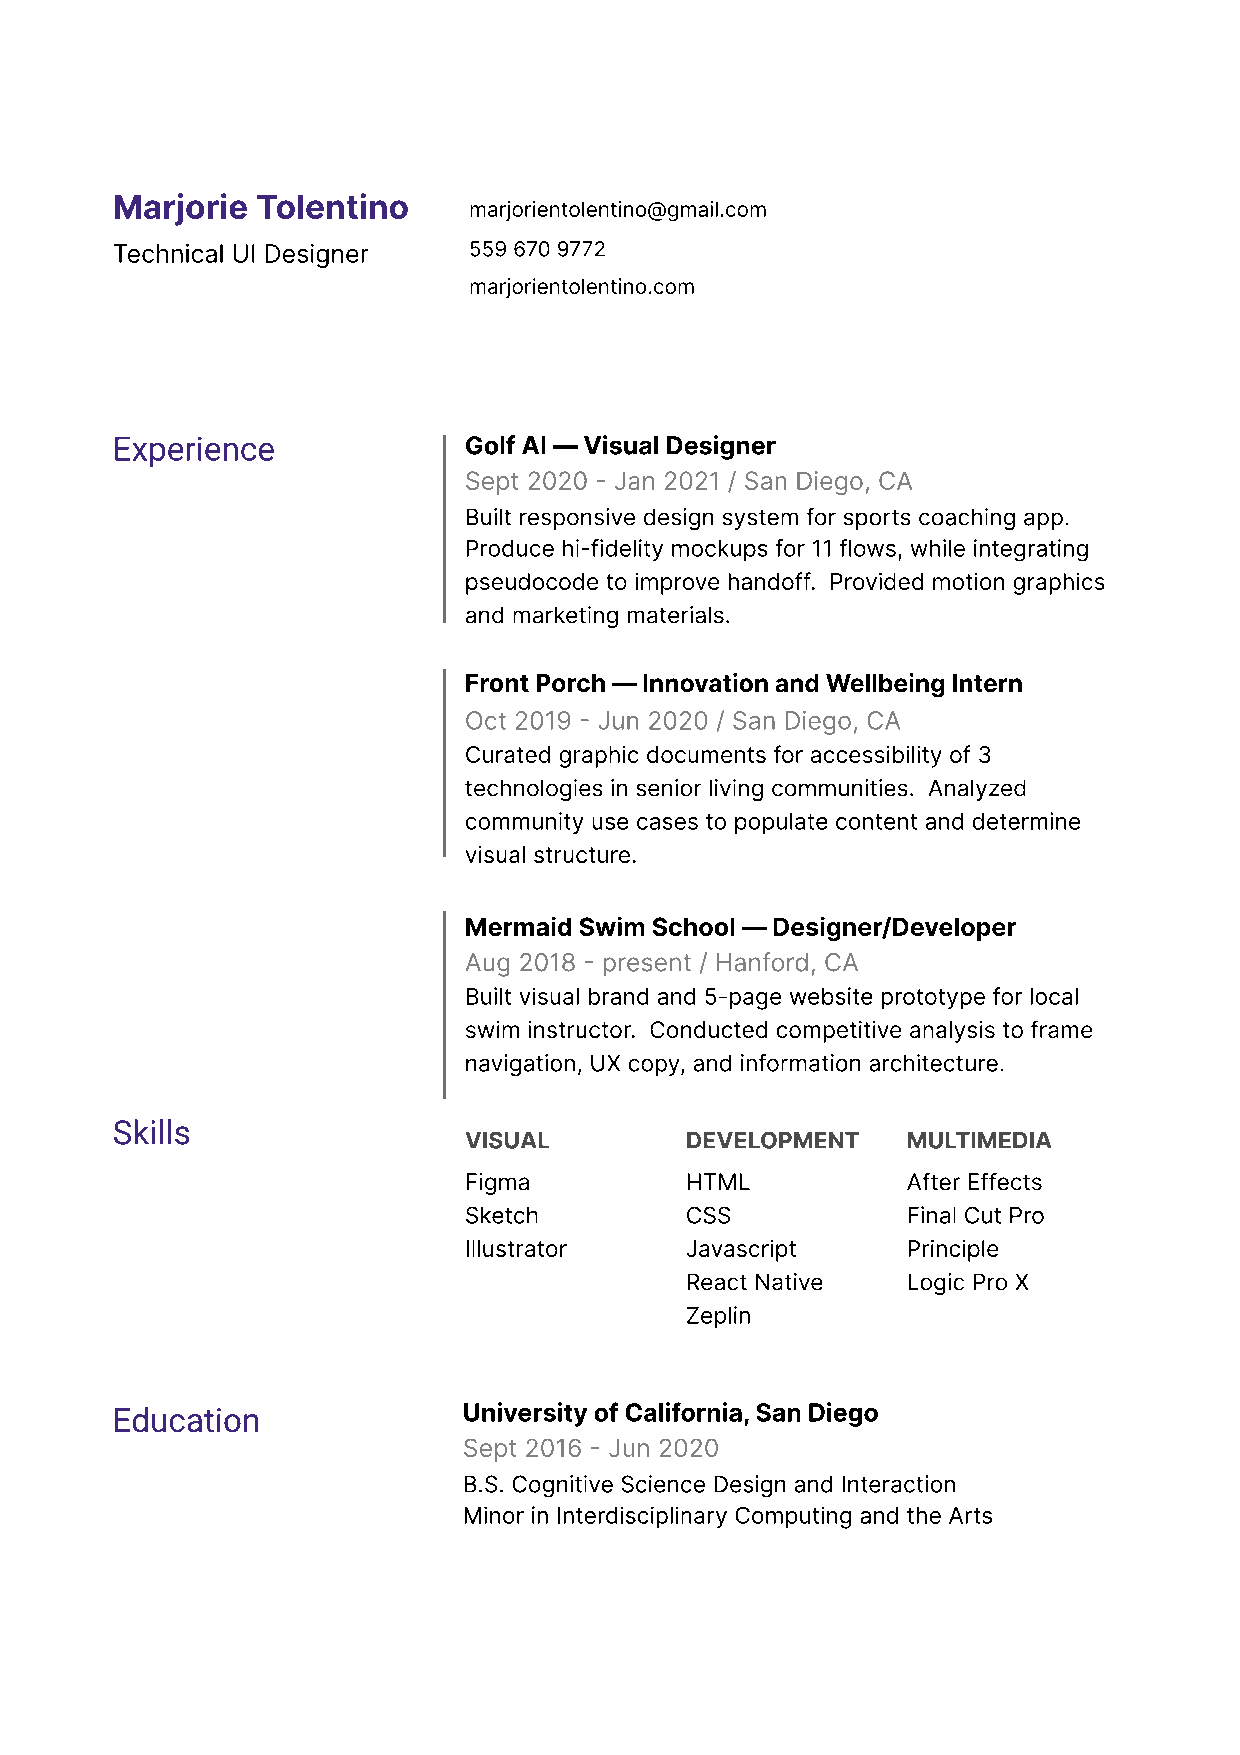
Marjorie  Tolentino
 marjorientolentino@gmail.com
 Technical UI Designer   559 670 9772
 marjorientolentino.com
 Experience              Golf AI — Visual Designer
 Sept 2020 - Jan 2021 / San Diego, CA
 Built responsive design system for sports coaching app.
 Produce hi-fidelity mockups for 11 flows, while integrating
 pseudocode to improve handoff. Provided motion graphics
 and marketing materials.
 Front Porch — Innovation and Wellbeing Intern
 Oct 2019 - Jun 2020 / San Diego, CA
 Curated graphic documents for accessibility of 3
 technologies in senior living communities. Analyzed
 community use cases to populate content and determine
 visual structure.
 Mermaid Swim School — Designer/Developer
 Aug 2018 - present / Hanford, CA
 Built visual brand and 5-page website prototype for local
 swim instructor. Conducted competitive analysis to frame
 navigation, UX copy, and information architecture.
 Skills
 VISUAL        DEVELOPMENT    MULTIMEDIA
 Figma
 HTML
 After Effects
 Sketch
 CSS
 Final Cut Pro
 Illustrator
 Javascript
 Principle
 React Native
 Logic Pro X
 Zeplin
 Education               University of California, San Diego
 Sept 2016 - Jun 2020
 B.S. Cognitive Science Design and Interaction
 Minor in Interdisciplinary Computing and the Arts